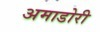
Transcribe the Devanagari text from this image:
अमाडोरी